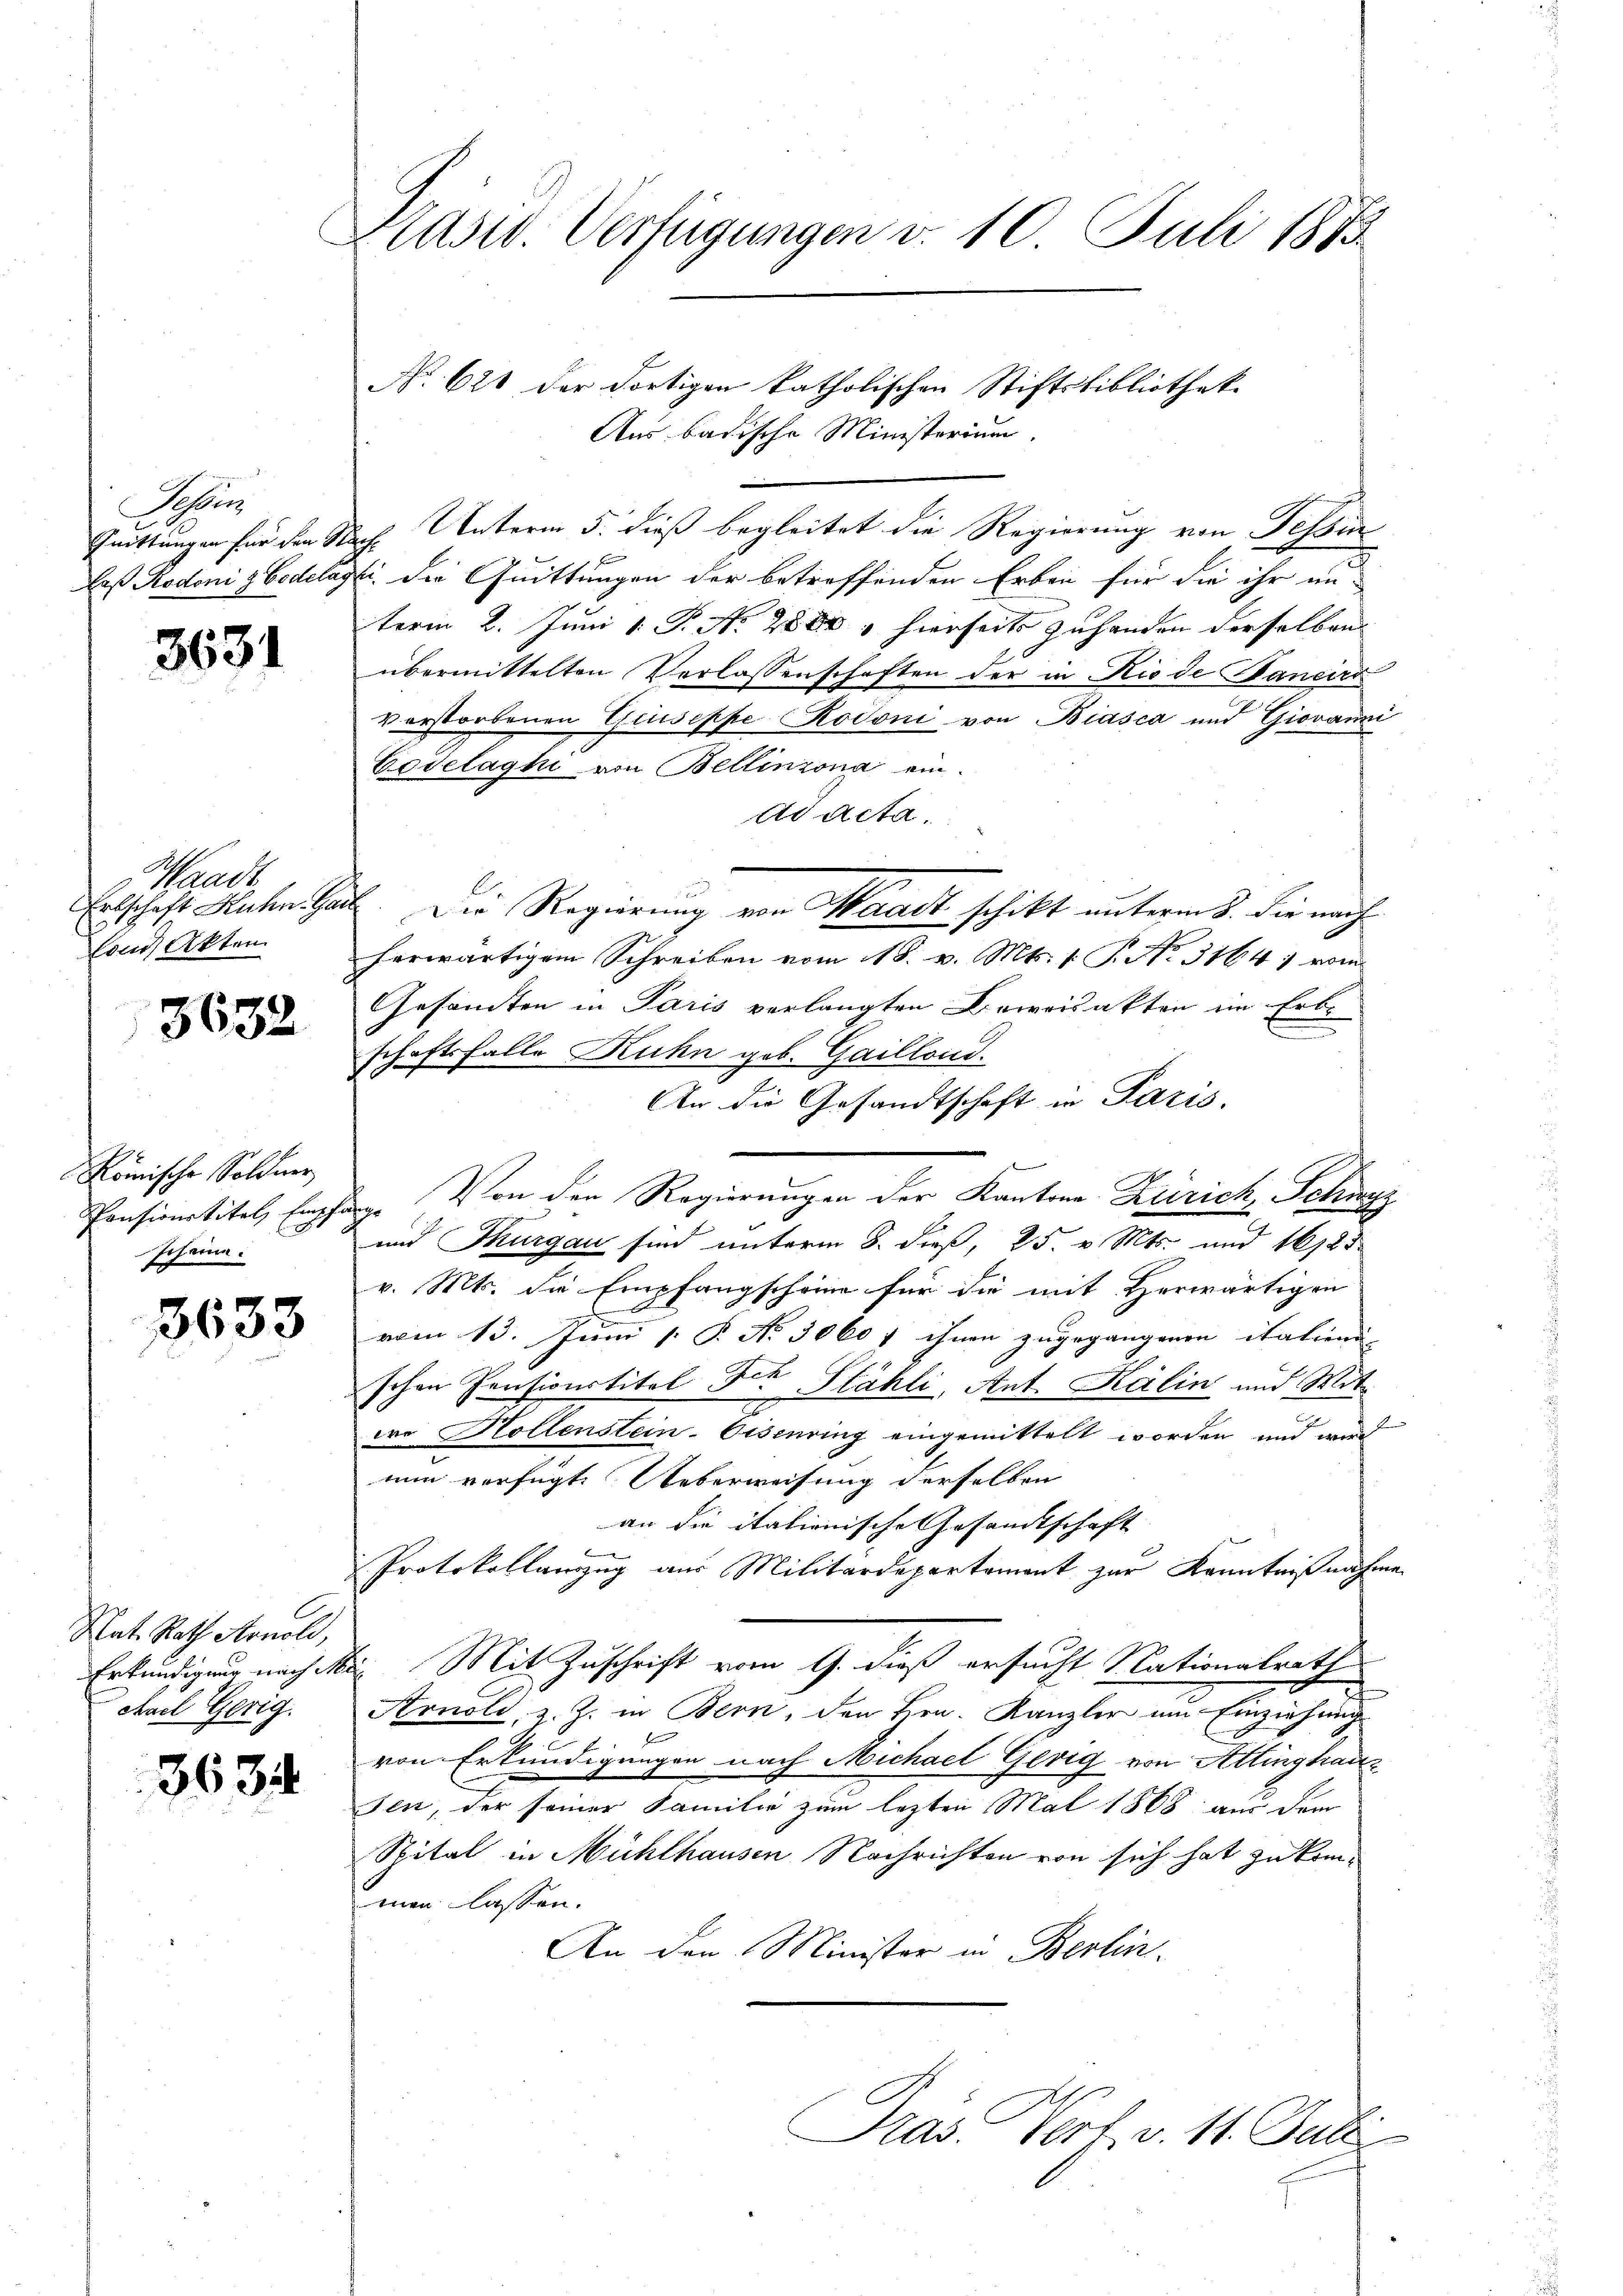
Schön

3631

Waadt,
Con Akten.

3632

Römische Söldner
scheine.

3633

Nat. Rath Arnold,
chael Gerig.

3634

Präsid. Verfügungen v. 10 Juli 1883.

Quittungen für den Nach Unterm 5. dieß begleitet die Regierung von Tessin
daß Redoni zbodelasti der Quittungen der betreffenden Erben für die ihr an
term 2. Juni v. P. Nr. 2800  hierseits zuhanden derselben
übermittelten Verlassenschaften der in Rio de Janeirr
verstorbenen Giuseppe Rodoni von Biasca und Giovanni
Cošelaghi von Bellinzona ein.
Ad Acta.
u
Erbschaft Kuhn Gail. Die Regierung von Waadt schikt unterm 8. die nach
herwärtigem Schreiben vom 18. v. Mts. 1. P. No. 3164 vom
Gesandten in Paris verlangten Beweisakten im Erbschaftsfalle Ruhn geb. Gaillond.
An die Gesandtschaft in Paris.
Pensionstitel, Empfänge Von den Regierungen der Kantons Zürich Schwyz
und Thurgau sind unterm 8. dieß, 25. v. Mts. und 1612 d
v. Mts. die Empfangscheine für die mit Herwärtigen
vom 13. Juni [ P. No 3060 f ihnen zugegangenen italiene |
schen Pensionstitel die Stähli, Ant. Kälin und Mitwe Hollenstein-Eisenring eingemittelt worden und mir
nun verfügt: Ueberweisung derselben
an die italienische Gesandtschaft
Protokollanzug aus Militärdepartement zur Kenntnißnahme
Erkundigung nach Mr. Mit Zuschrift vom 9. dieß ersucht Nationalrath
Arnold, z. Z. in Bern, den Hrn. Kanzler um Einziehung

A
von Erkundigungen nach Michael Gerig von Attinghau
sen, der seiner Familie zum lezten Mai 1868 aus dem
Spital in Mühlhausen Nachrichten von sich hat zu kommen lassen.
An den Minister in Berlin.

No. 621 der dortigen katholischen Stiftsbibliotheke
Aus badische Ministerium.

Pras. Verf. v. 11. Juli